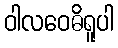
ဝါလဝေဓိရူပါ